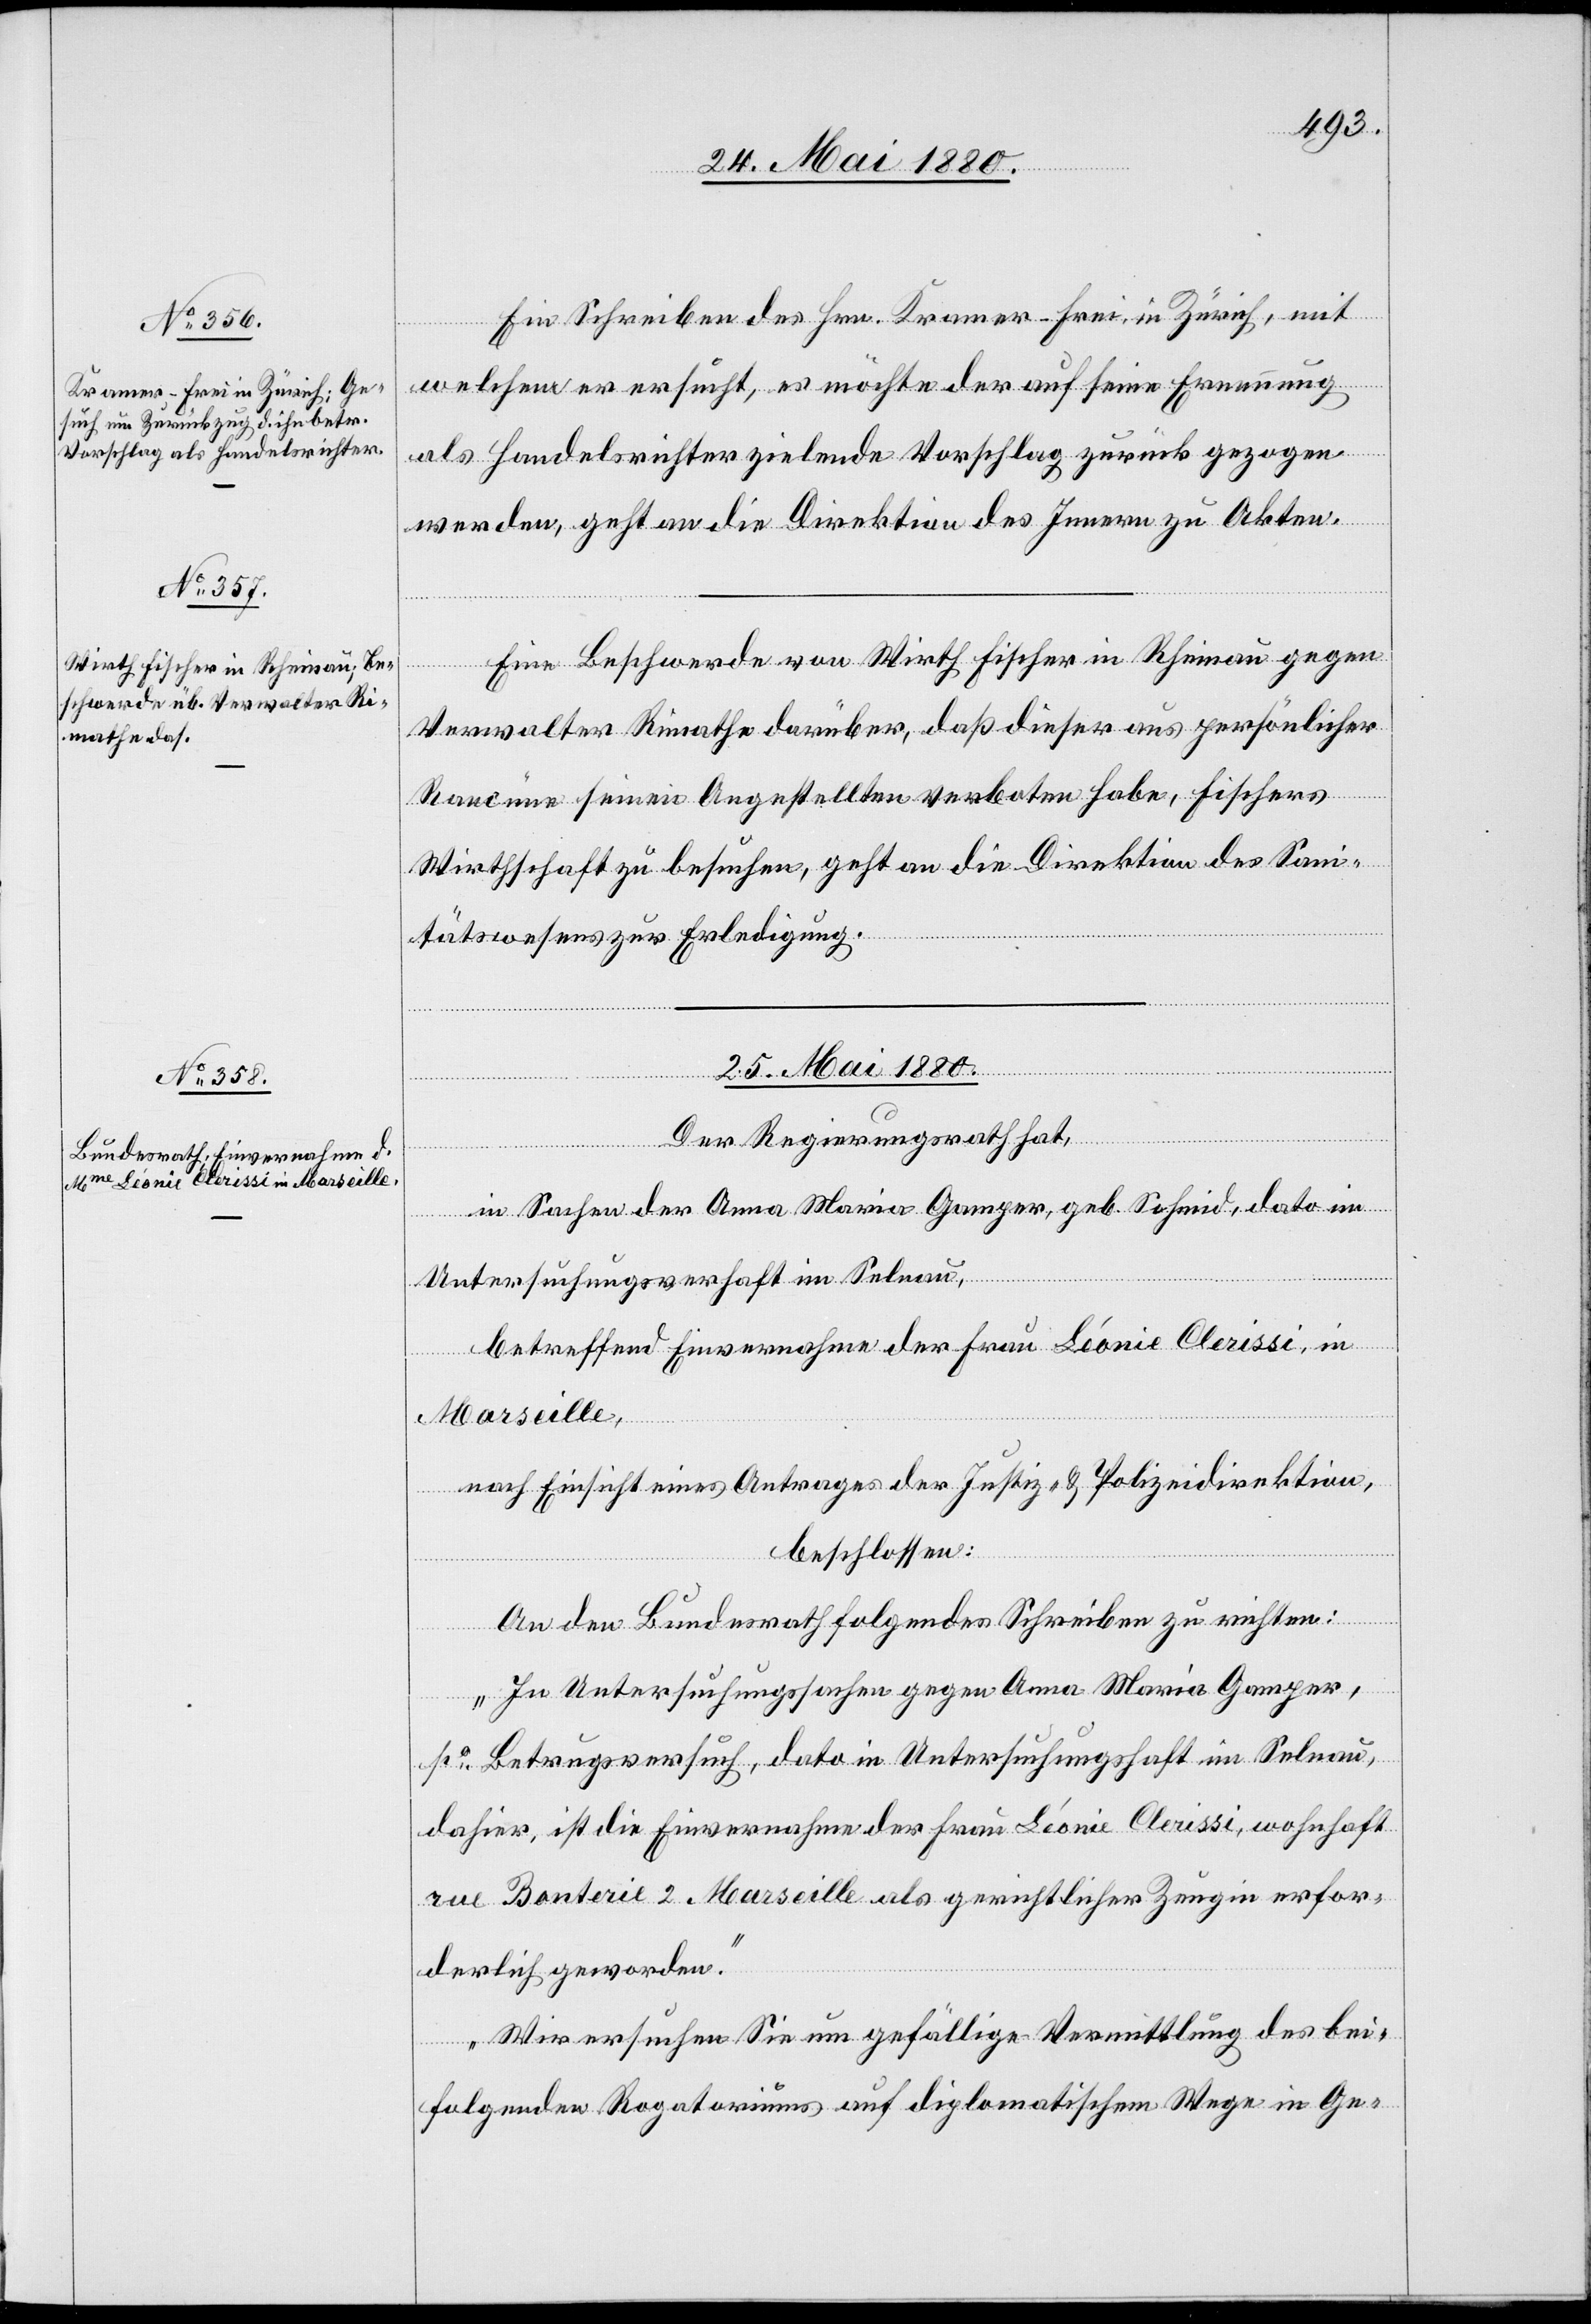
24. Mai 1880.]
Ein Schreiben des Hrn. Kramer-Frei, in Zürich, mit
welchem er ersucht, es möchte der auf seine Ernennung
als Handelsrichter zielende Vorschlag zurückgezogen
werden, geht an die Direktion des Innern zu Akten.
Verwalter Rimathe darüber, daß dieser aus persönlicher
gegen
Rancüne seinen Angestellten verboten habe, Fischers
Wirthschaft zu besuchen, geht an die Direktion des Sani¬
tätswesens zur Erledigung.
25. Mai 1880.
Der Regierungsrath hat,
von Wirth Fischer in Rheinau
in Sachen der Anna Maria Gamper, geb. Schmid, dato in
Untersuchungsverhaft in Selnau,
betreffend Einvernahme der Frau Léonie Clerissi, in
Marseille,
nach Einsicht eines Antrages der Justiz- & Polizeidirektion,
beschlossen:
An den Bundesrath folgendes Schreiben zu richten:
„In Untersuchungssachen gegen Anna Maria Gamper,
po Betrugsversuch, dato in Untersuchungshaft in Selnau,
dahier, ist die Einvernahme der Frau Léonie Clerissi, wohnhaft
rue Banterie 2 Marseille als gerichtlicher Zeugin erfor¬
derlich geworden.
Wir ersuchen Sie um gefällige Vermittlung des bei¬
folgenden Rogatoriums auf diplomatischem Wege in Ge-